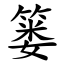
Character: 篓